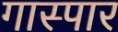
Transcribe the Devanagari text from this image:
गास्पार